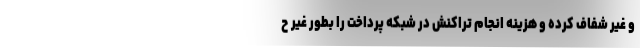
و غیر شفاف کرده و هزینه انجام تراکنش در شبکه پرداخت را بطور غیر ح